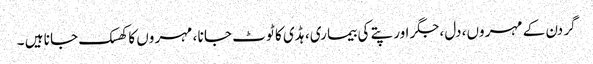
گر دن کے مہر وں ،دل ،جگر اور پتے کی بیما ری، ہڈی کا ٹو ٹ جا نا ، مہر وں کا کھسک جا نا ہیں ۔